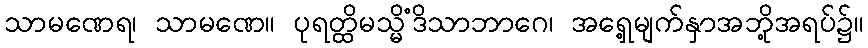
သာမဏေရ၊ သာမဏေ။ ပုရတ္ထိမသ္မိံဒိသာဘာဂေ၊ အရှေ့မျက်နှာအဘို့အရပ်၌။